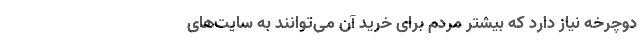
دوچرخه نیاز دارد که بیشتر مردم برای خرید آن می‌توانند به سایت‌های